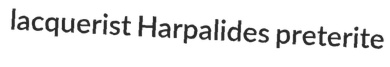
lacquerist Harpalides preterite